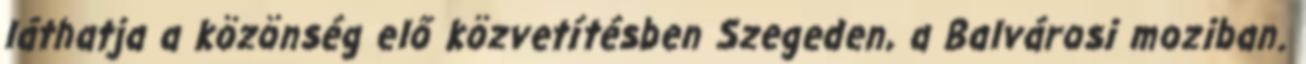
láthatja a közönség elő közvetítésben Szegeden, a Balvárosi moziban.